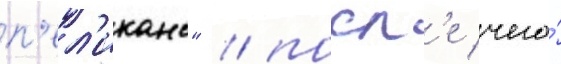
п'ел'иканс" / посл'е чего́